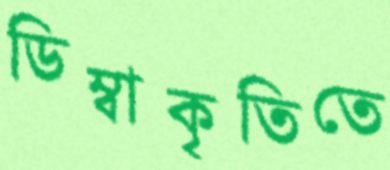
ডিম্বাকৃতিতে